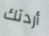
أردتك